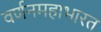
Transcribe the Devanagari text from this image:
वर्णनमहाभारत